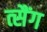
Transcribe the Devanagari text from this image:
त्सैंग